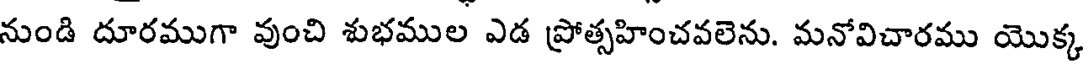
నుండి దూరముగా వుంచి శుభముల ఎడ ప్రోత్సహించవలెను. మనోవిచారము యొక్క